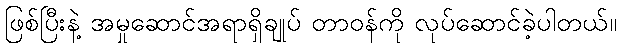
ဖြစ်ပြီးနဲ့ အမှုဆောင်အရာရှိချုပ် တာဝန်ကို လုပ်ဆောင်ခဲ့ပါတယ်။